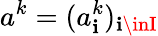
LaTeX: a^{k}=(a_{\mathbf{i}}^{k})_{\mathbf{i}\inI}